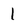
Character: 1